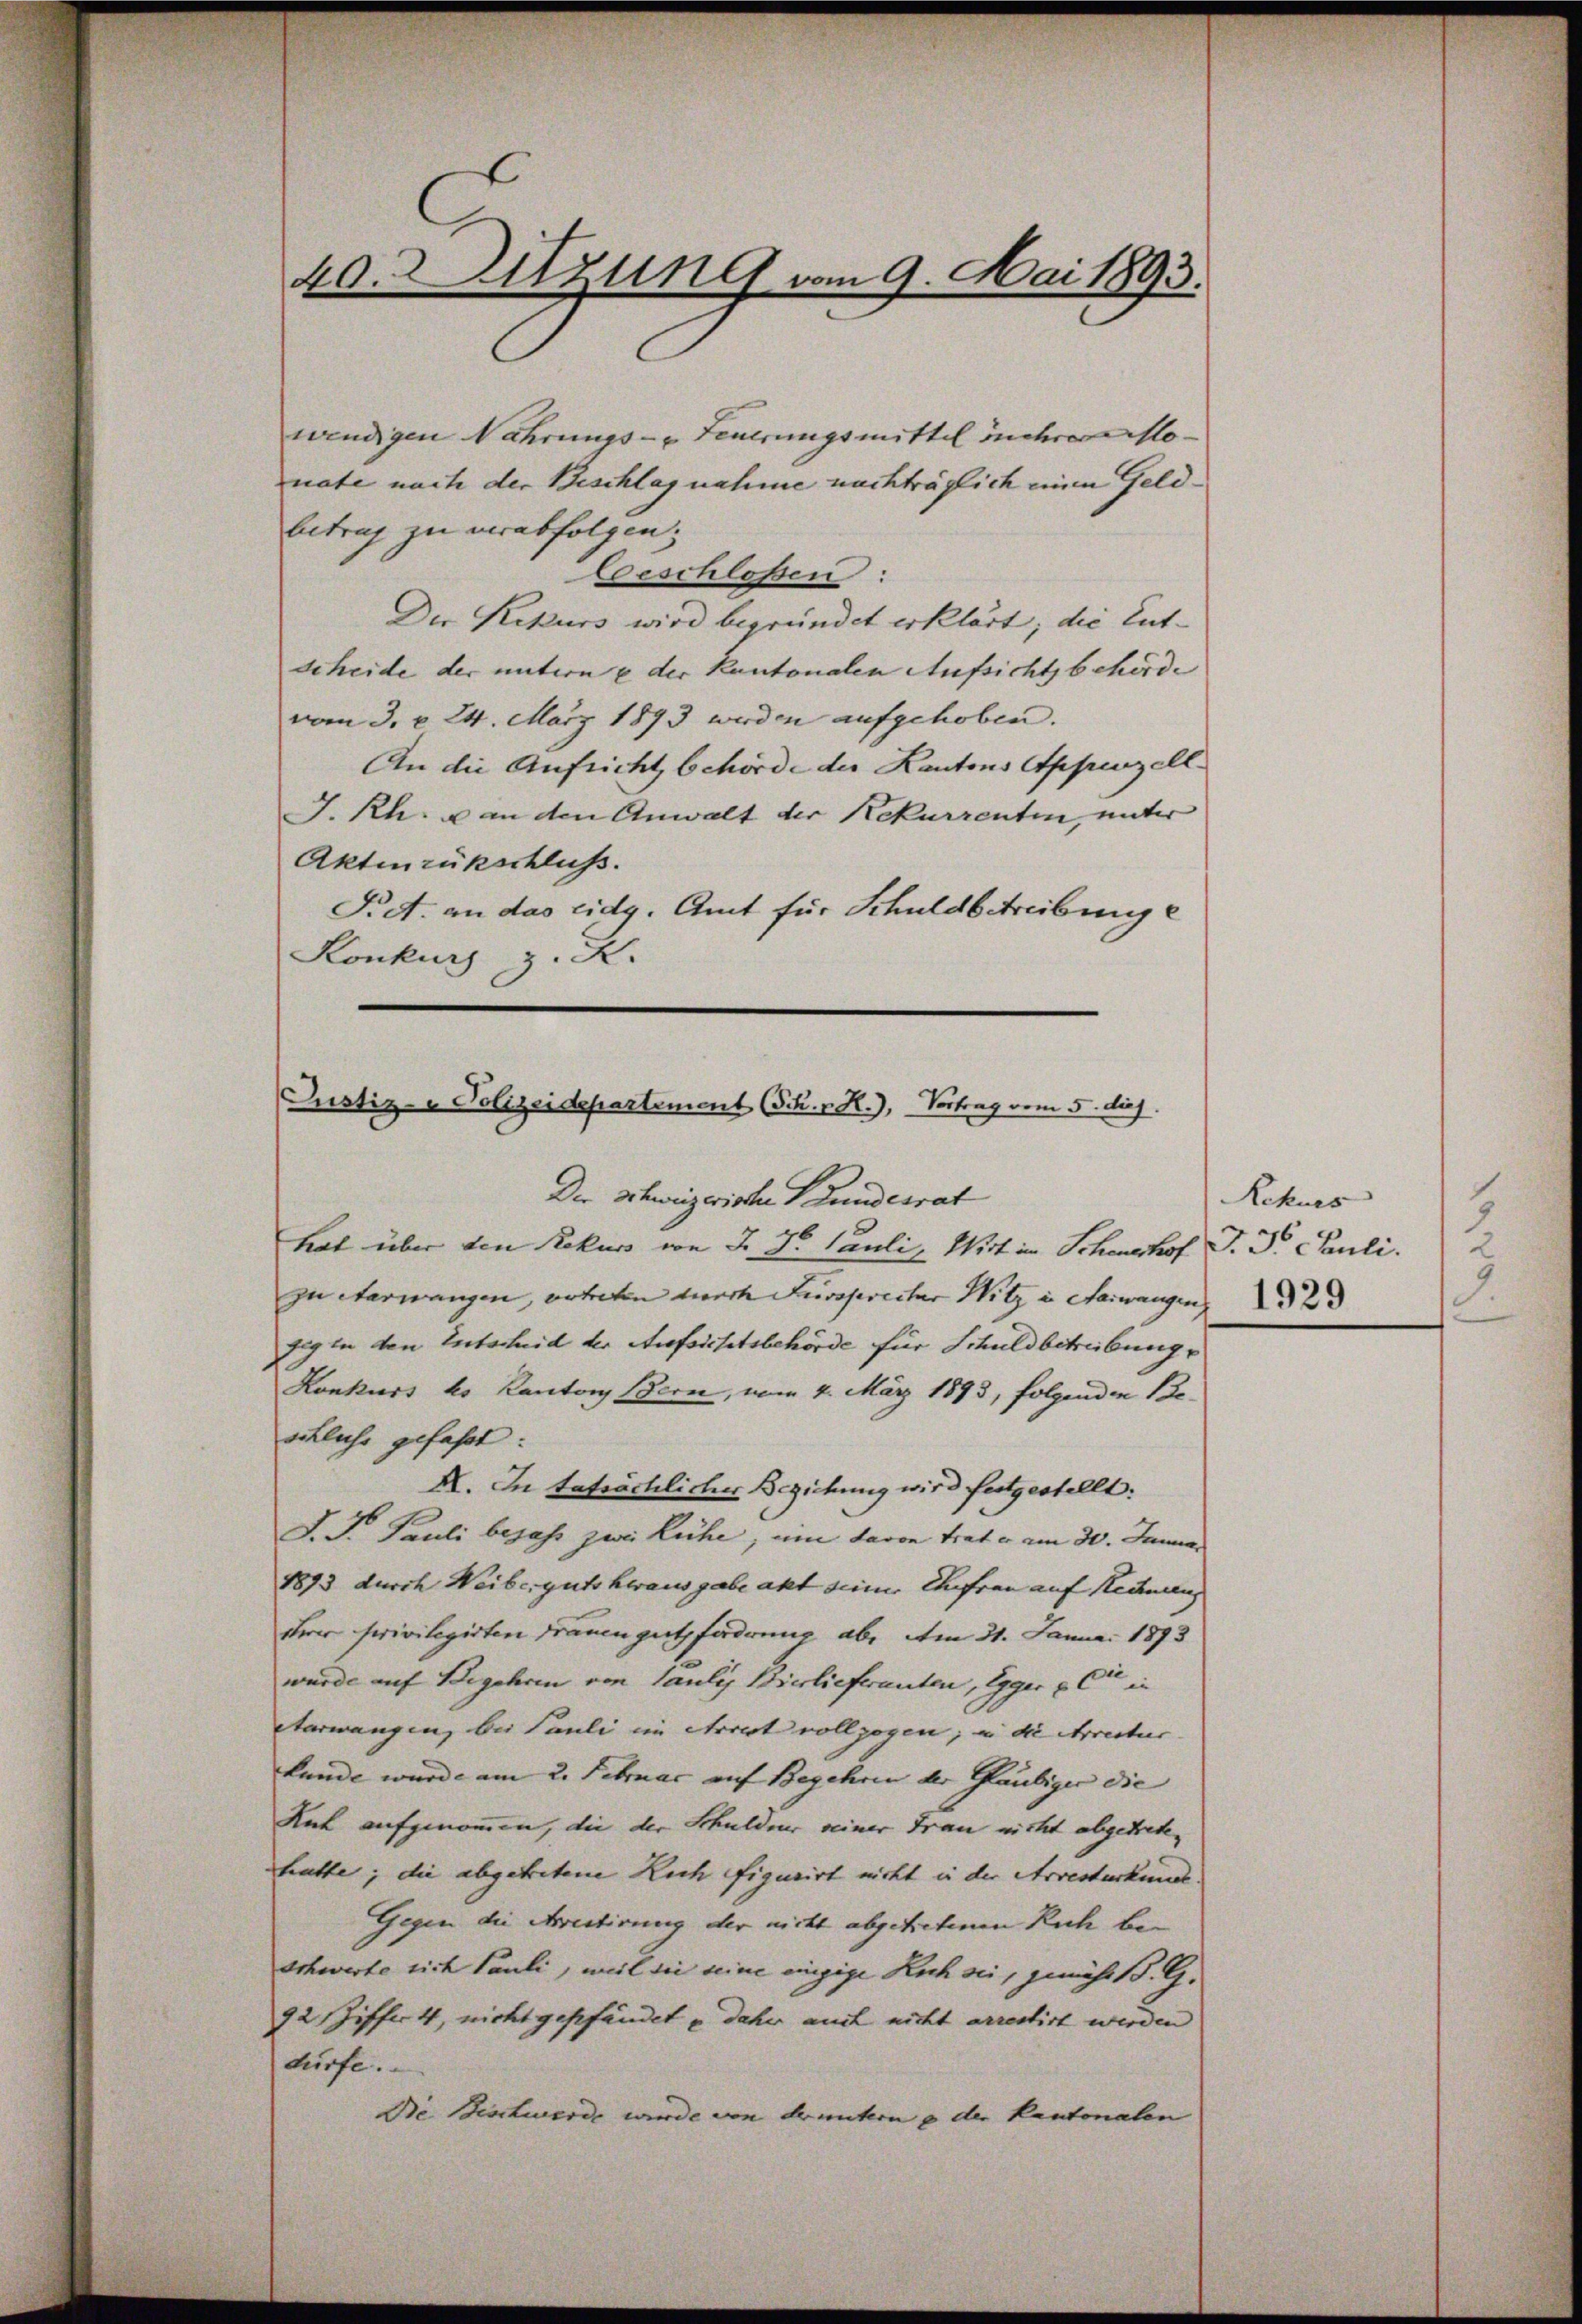
40. Sitzung vom 9. Mai 1893.

wendigen Nahrungs- u Feuerungsmittel mehrer Mo-
nate nach der Beschlagnahme nachträglich einen Geldbetrug zu verabfolgen;
Geschloßen:
Der Rekurs wird begründet erklärt; die Entscheide der untern & der Kantonalen Aufsichtsbehörde
vom 3. d. 24. März 1893 werden aufgehoben.
An die Aufricht behörde der Kantons Appenzell
J. Rh. u. an den Anwalt der Rekurrenten, unter
Aktenrückschluss.
Fidt. an das eidg. Amt für Schuldbetreibung e
Konkurs z. K.

Justiz- & Polizeidepartement (Sch. v. R.), Vortrag vom 5. diej
Der Schweizerische Stundesrat

hat über den Rekurs von J. J. Pauli, Wirt im Schenshof J. J. Pauli.
zu Aarwangen, vertreten durch Frosirector Witz in Aarwangen
seg in den Entscheid der Aufsichtsbehörde für Schuldbetreibung
Konkurs k. Kanton Bern, vom 4. März 1893, folgenden Beschluss gefaßt:
XI. In tatsächlicher Beziehung wird festgestellt:
J. F. Pauli bejahr zwei Kühe, ein davon trat u. am 30. Januar
1893 durch Weiberguts herausgabe akt seiner Ehefrau auf Rechnen
ihrer privilegirten Frauengutsforderung ab. Am 31. Januar 1893
wurde auf Begehren von Pauli Bierlieferanten, Egger & Cie in
Verwangen, bei Pauli im Arrest vollzogen; in die errectur
kunde wurde am 2. Februar auf Begehren der Glaubiger die
Rat aufgenommen, die der Schuldner seiner Frau nicht abgetrete,
hütte; die abgetretene Rich figurirt nicht in der Arresterkunde
Gegen die Arrestirung der nicht abgetretenen Ruch be¬
Schwerte sich Pauli, weil die seine einzige Kuh sei, gehe B. G.
92 Ziffert, nicht gepfändet & daher auch nicht arrestirt werden
dürfe.
Die Beschwerde wurde von druntern p der Kantonalen

Rekurs
2
2